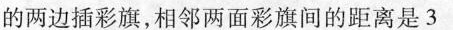
的两边插彩旗，相邻两面彩旗间的距离是3